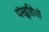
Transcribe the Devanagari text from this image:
पंखूडि़यों